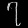
Digit: ၇